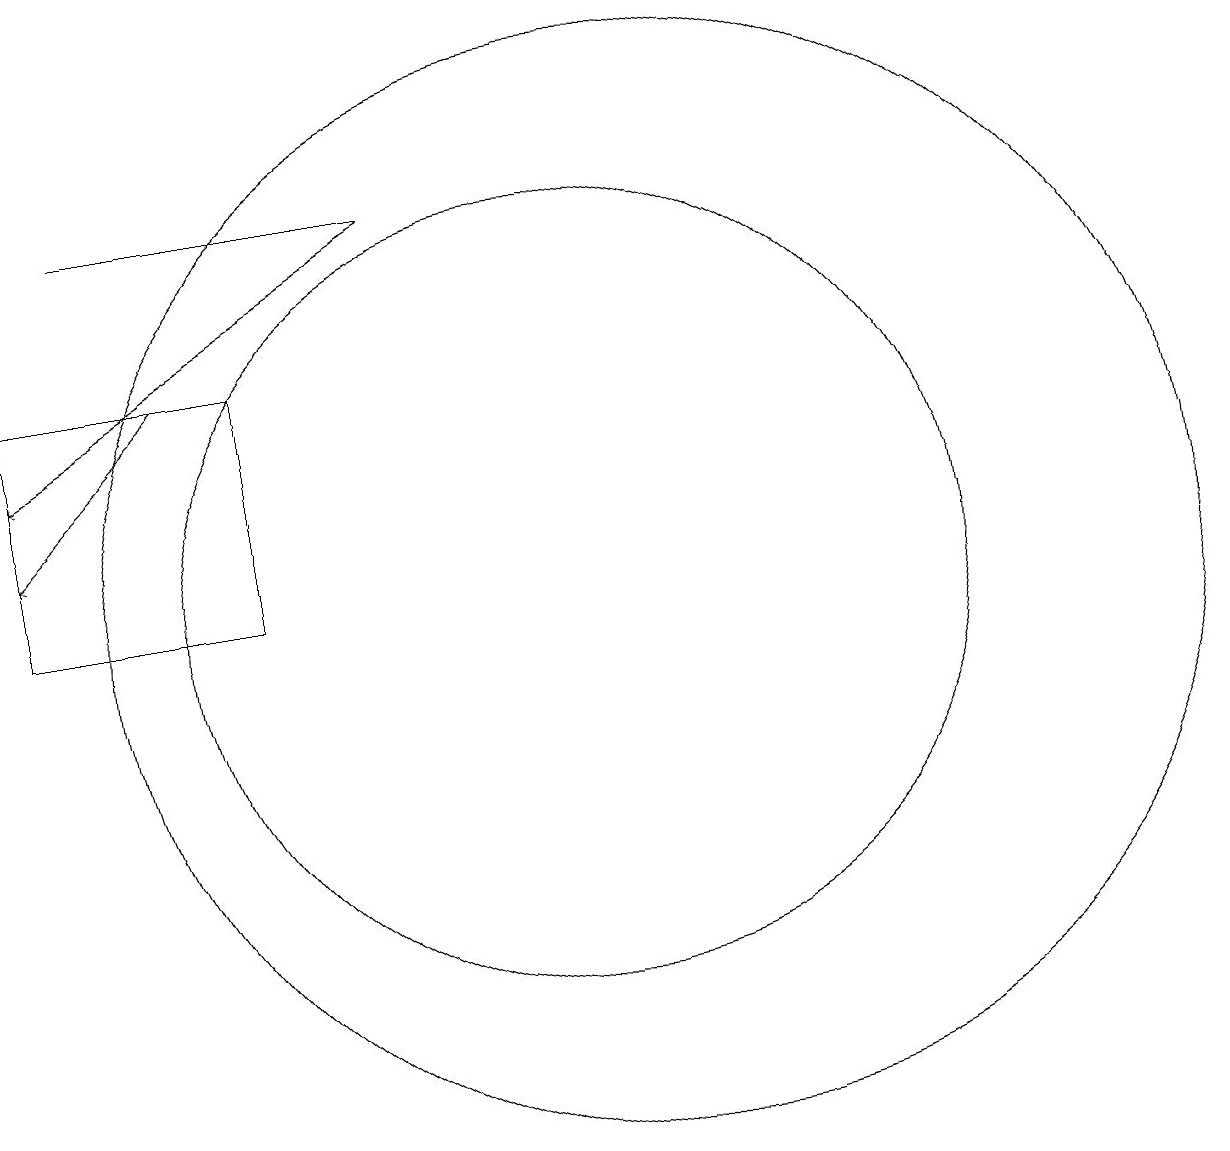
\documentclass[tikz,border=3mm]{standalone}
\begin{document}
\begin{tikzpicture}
\draw (6,14) rectangle (3,11);
\draw[->] (5,14) -- (3,12);
\draw[->] (8,16) -- (3,13);
\draw (11,11) circle (7);
\draw (4,16) rectangle (8,16);
\draw (10,11) circle (5);
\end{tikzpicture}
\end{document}